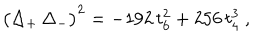
\big ( \Delta _ { + } \, \Delta _ { - } \big ) ^ { 2 } = - 1 9 2 \, t _ { 6 } ^ { 2 } + 2 5 6 \, t _ { 4 } ^ { 3 } \ ,